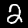
Label: 2